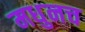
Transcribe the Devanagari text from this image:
मधुनच